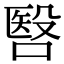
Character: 㗨